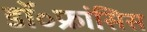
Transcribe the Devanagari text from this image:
डॉ॰फ्रांसिस